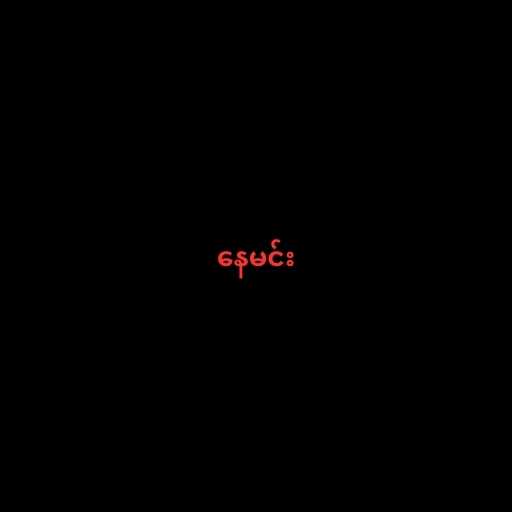
နေမင်း